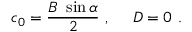
c _ { 0 } = \frac { B ~ \sin \alpha } 2 ~ , ~ ~ ~ ~ D = 0 ~ .